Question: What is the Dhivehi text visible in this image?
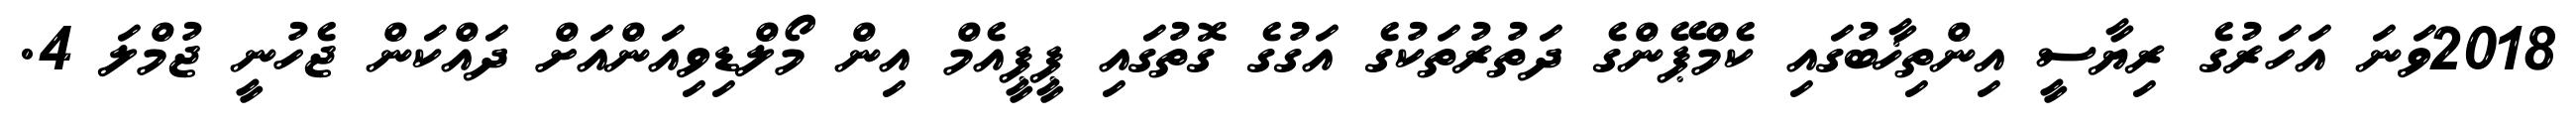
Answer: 2018ވަނަ އަހަރުގެ ރިޔާސީ އިންތިޚާބުގައި ކެމްޕޭންގެ ދަތުރުތަކުގެ އަގުގެ ގޮތުގައި ޕީޕީއެމް އިން މޯލްޑިވިއަންއަށް ދައްކަން ޖެހުނީ ޖުމްލަ 4.